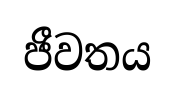
ජීවතය